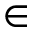
\in